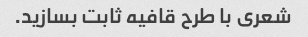
شعری با طرح قافیه ثابت بسازید.